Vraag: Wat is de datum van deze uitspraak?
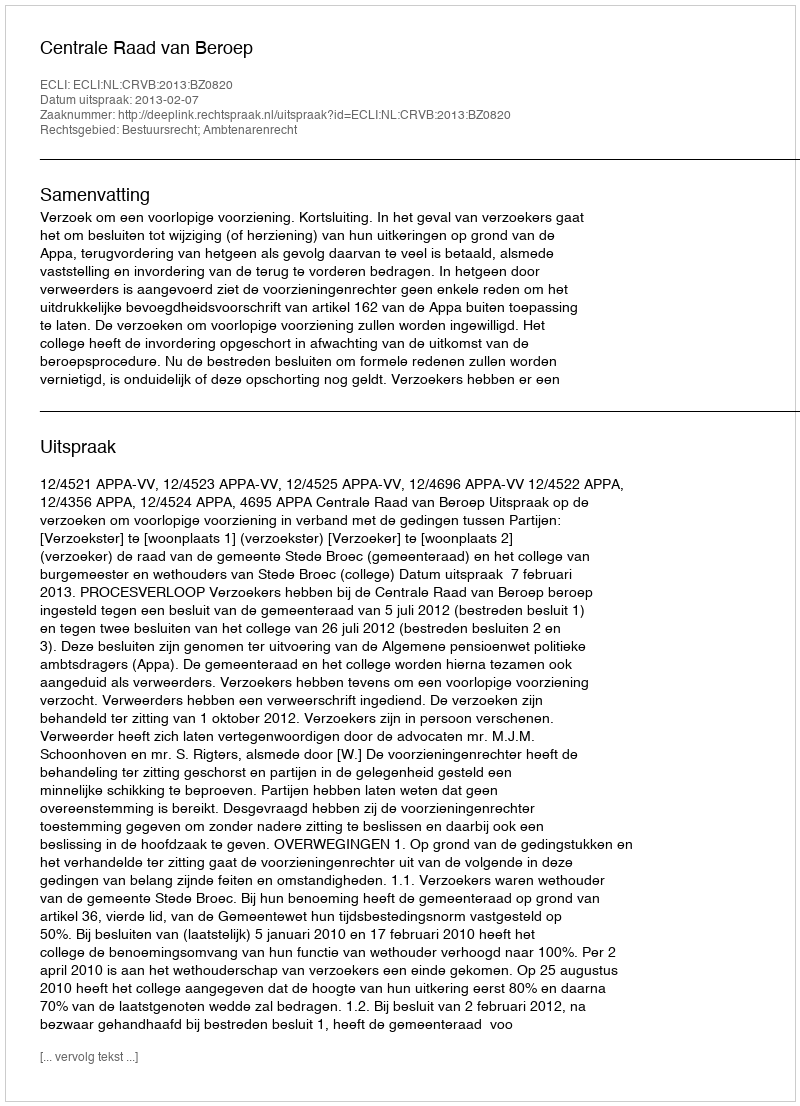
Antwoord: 2013-02-07